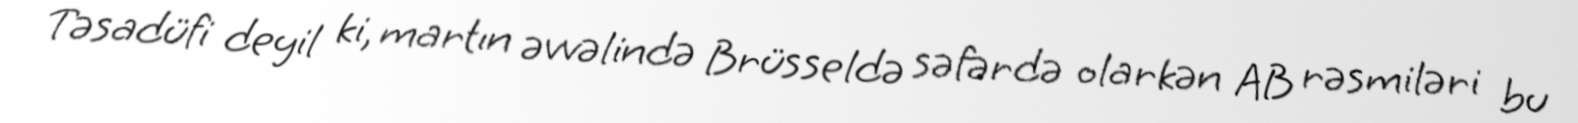
Təsadüfi deyil ki, martın əvvəlində Brüsseldə səfərdə olarkən AB rəsmiləri bu